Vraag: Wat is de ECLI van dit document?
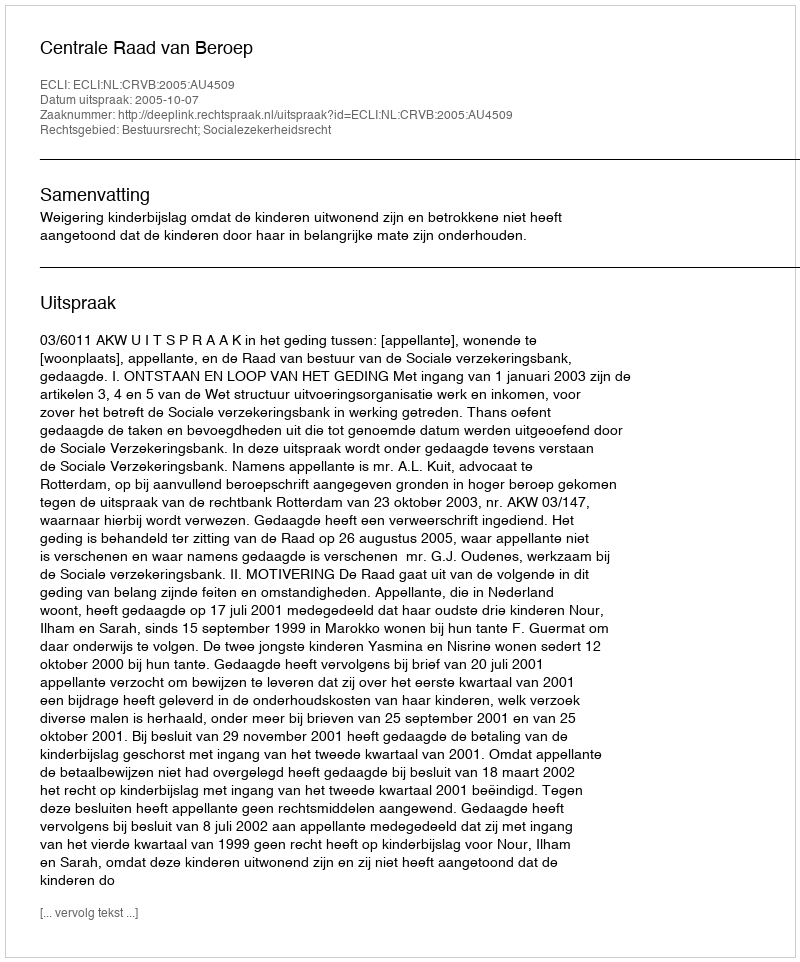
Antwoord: ECLI:NL:CRVB:2005:AU4509